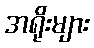
အရိုးများ